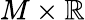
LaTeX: M\times\mathbb{R}